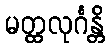
မတ္ထလုင်္ဂန္တိ